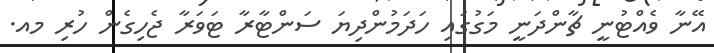
އޭނާ ވެއްޓުނީ ޗާންދަނީ މަގުގައި ހަދަމުންދިޔަ ސަންޓާރާ ޓަވަރާ ޖެހިގެން ހުރި މއ.